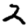
Digit: 2